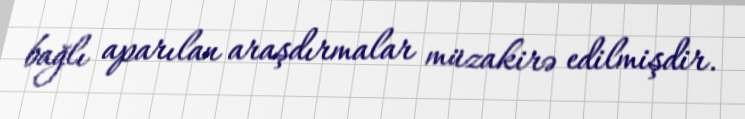
bağlı aparılan araşdırmalar müzakirə edilmişdir.